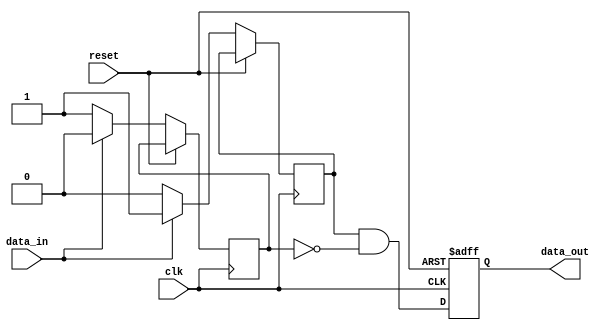
module push_pull_buffer (
    input wire clk,
    input wire reset,
    input wire data_in,
    output reg data_out
);

reg p_transistor_output;
reg n_transistor_output;

always @(posedge clk or posedge reset) begin
    if (reset) begin
        data_out <= 1'b0;
    end else begin
        if (data_in) begin
            p_transistor_output <= 1'b1;
            n_transistor_output <= 1'b0;
        end else begin
            p_transistor_output <= 1'b0;
            n_transistor_output <= 1'b1;
        end
        data_out <= p_transistor_output & ~n_transistor_output;
    end
end

endmodule